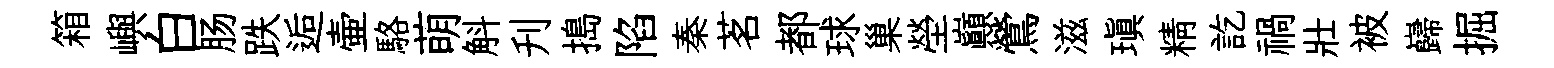
箱嶼白肠跌逅壷駱萌斛刋搗陷秦茗都球巢塋巔鶯滋瑱精訖禍壯被巋掘